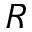
R